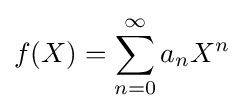
f(X)=\sum _{n=0}^{\infty }a_{n}X^{n}